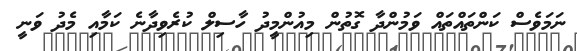
ނަމަވެސް ކަންތައްތައް ވަމުންދާ ގޮތުން މިއުންމީދު ހާސިލް ކުރެވިދާނެ ކަމާއި މެދު ވަނީ